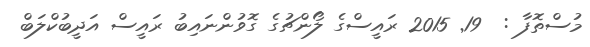
މުސްތޮފާ :  19